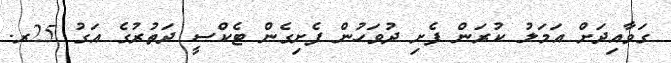
ގަވާއިދަށް އަމަލު ކުރަން ފެށި ދުވަހުން ފެށިގެން ޓެކްސީ ދަތުރުގެ އަގު 25ރ.